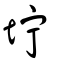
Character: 坾